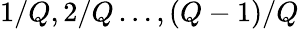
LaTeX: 1/Q,2/Q\dots,(Q-1)/Q